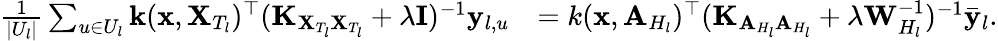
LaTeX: \begin{array}{rl}{\frac{1}{|U_{l}|}\sum_{u\in U_{l}}\mathbf{k}(\mathbf{x},\mathbf{X}_{T_{l}})^{\top}(\mathbf{K}_{\mathbf{X}_{T_{l}}\mathbf{X}_{T_{l}}}+\lambda\mathbf{I})^{-1}\mathbf{y}_{l,u}}&{=k(\mathbf{x},\mathbf{A}_{H_{l}})^{\top}(\mathbf{K}_{\mathbf{A}_{H_{l}}\mathbf{A}_{H_{l}}}+\lambda\mathbf{W}_{H_{l}}^{-1})^{-1}\bar{\mathbf{y}}_{l}.}\end{array}